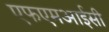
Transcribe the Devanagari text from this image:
एफएमआईसी